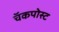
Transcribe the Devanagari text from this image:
चॅकपोस्ट